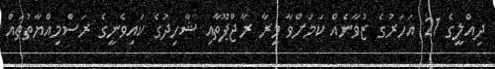
ދިއްލީގެ 21 އަހަރުގެ ޒުވާނެއް ކަމަށްވާ މީރާ ރާޖްޕޫތާއި ޝާހިދުގެ ކައިވެނީގެ ރަސްމިއްޔާތުތައް